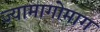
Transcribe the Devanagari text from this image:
ज्यामागोमाग